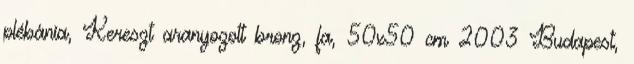
plébánia, Kereszt aranyozott bronz, fa, 50x50 cm 2003 Budapest,